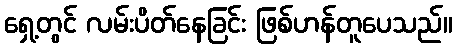
ရှေ့တွင် လမ်းပိတ်နေခြင်း ဖြစ်ဟန်တူပေသည်။